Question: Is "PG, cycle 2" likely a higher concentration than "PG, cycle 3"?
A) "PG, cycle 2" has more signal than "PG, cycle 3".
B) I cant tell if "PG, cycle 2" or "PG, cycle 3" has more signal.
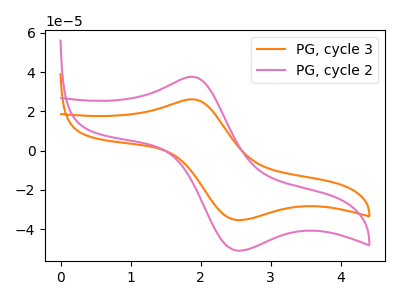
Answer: <think>The orange curve "PG, cycle 3" has an anodic peak at (1.85V, 26.10uA) and a cathodic peak at (2.50V, -35.35uA). The pink curve "PG, cycle 2" has an anodic peak at (1.85V, 37.55uA) and a cathodic peak at (2.50V, -50.90uA).
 All the peaks in "PG, cycle 2" have a peak in "PG, cycle 3" at the same potential. Every peak in "PG, cycle 2" is higher than every peak in "PG, cycle 3".</think>
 <answer>A) "PG, cycle 2" has more signal than "PG, cycle 3".</answer>
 <eval>A</eval>